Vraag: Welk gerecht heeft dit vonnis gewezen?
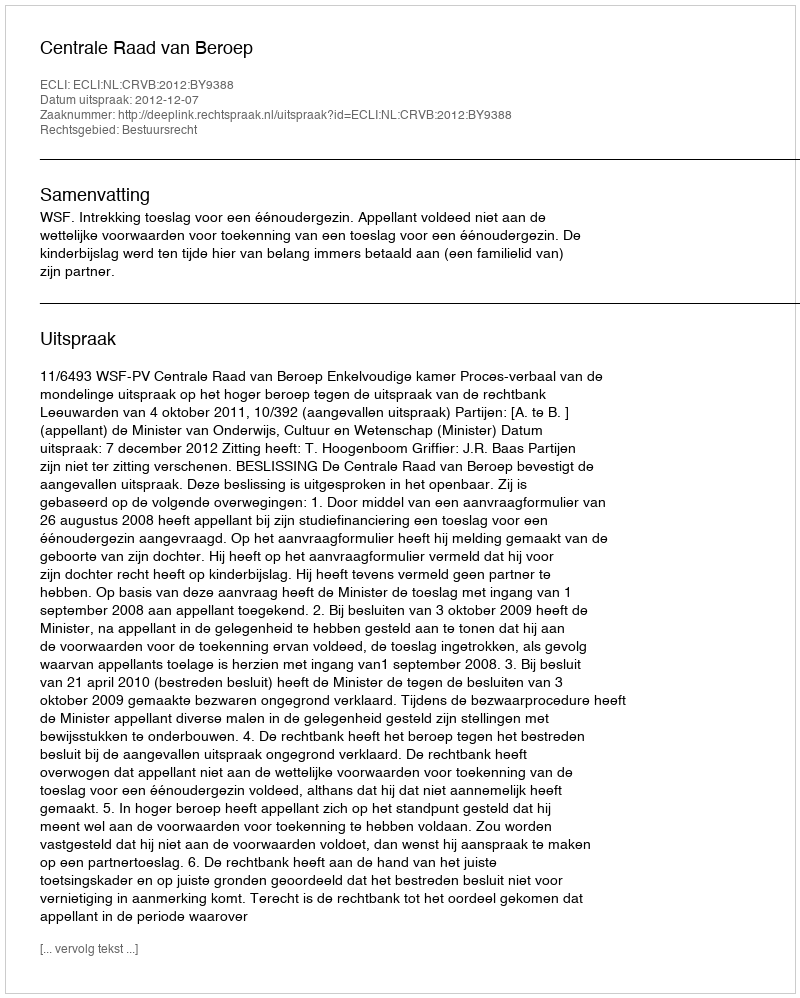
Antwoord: Centrale Raad van Beroep